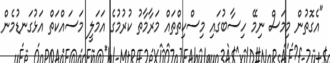
"އެގޮތުން މިމަސް ނިމޭ ހިސާބުގައި މިސްކިތްތައް މަރާމާތު ކުރުމުގެ އަމަލީ މަސައްކަތް އަޅުގަނޑުމެން